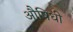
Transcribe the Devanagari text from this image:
औषिधी